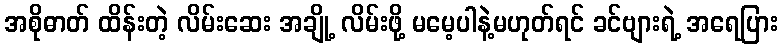
အစိုဓာတ် ထိန်းတဲ့ လိမ်းဆေး အချို့ လိမ်းဖို့ မမေ့ပါနဲ့မဟုတ်ရင် ခင်ဗျားရဲ့ အရေပြား